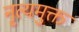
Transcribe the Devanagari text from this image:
नृत्यमुक्त